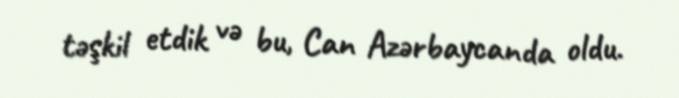
təşkil etdik və bu, Can Azərbaycanda oldu.